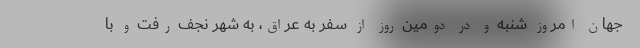
جهان امروز شنبه و در دومین روز از سفر به عراق، به شهر نجف رفت و با